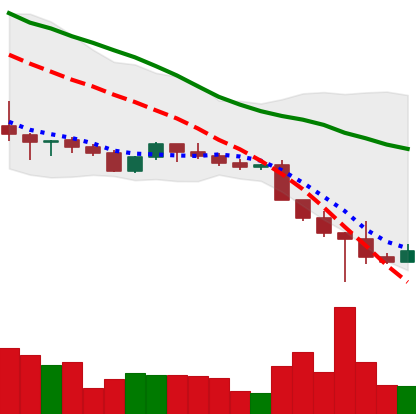
Ticker: ADA-USD
Chart end date: 2022-10-16
Forward return: -5.727%
Label: down_5_7